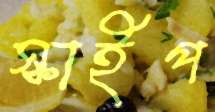
স্কাইপ